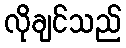
လိုချင်သည်